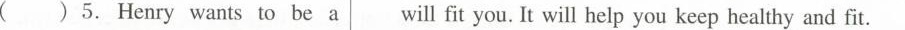
( )5. Henry wants to be a will fit you. It will help you keep healthy and fit.